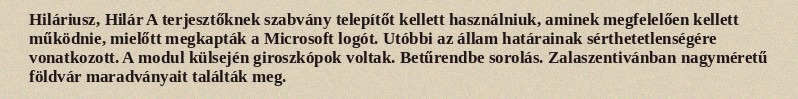
Hiláriusz, Hilár A terjesztőknek szabvány telepítőt kellett használniuk, aminek megfelelően kellett működnie, mielőtt megkapták a Microsoft logót. Utóbbi az állam határainak sérthetetlenségére vonatkozott. A modul külsején giroszkópok voltak. Betűrendbe sorolás. Zalaszentivánban nagyméretű földvár maradványait találták meg.